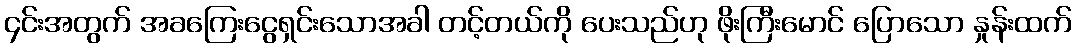
၄င်းအတွက် အခကြေးငွေရှင်းသောအခါ တင့်တယ်ကို ပေးသည်ဟု ဖိုးကြီးမောင် ပြောသော နှုန်းထက်